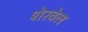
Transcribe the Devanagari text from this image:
शेरवेल